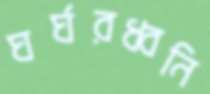
ঘর্ঘরধ্বনি